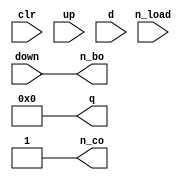
`timescale 1ns/1ns
// https://www.ti.com/lit/ds/symlink/sn74hc193.pdf
module counter_74193
(
  input clr,
  input n_load,
  input up,
  input down,
  input [3:0] d,

  output [3:0] q,
  output n_co,
  output n_bo
);

reg [3:0] count = 0;
assign #5 n_co = ~((count == 4'b1111) & ~up);
assign #5 n_bo = ~((count == 4'b0000) & ~down);

always @(clr) begin
  if (clr)
  begin
    count <= 4'b0000;
  end
end

always @(n_load or d) begin
  if (~clr & ~n_load) begin
    count <= d;
  end
end

always @(posedge up)
begin
  if (~clr & n_load)
  begin
      count <= count + 1;
  end
end

always @(posedge down)
begin
  if (~clr & n_load)
  begin
      count <= count - 1;
  end
end

assign #5 q = count;

endmodule